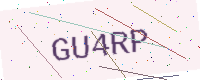
Text: GU4RP